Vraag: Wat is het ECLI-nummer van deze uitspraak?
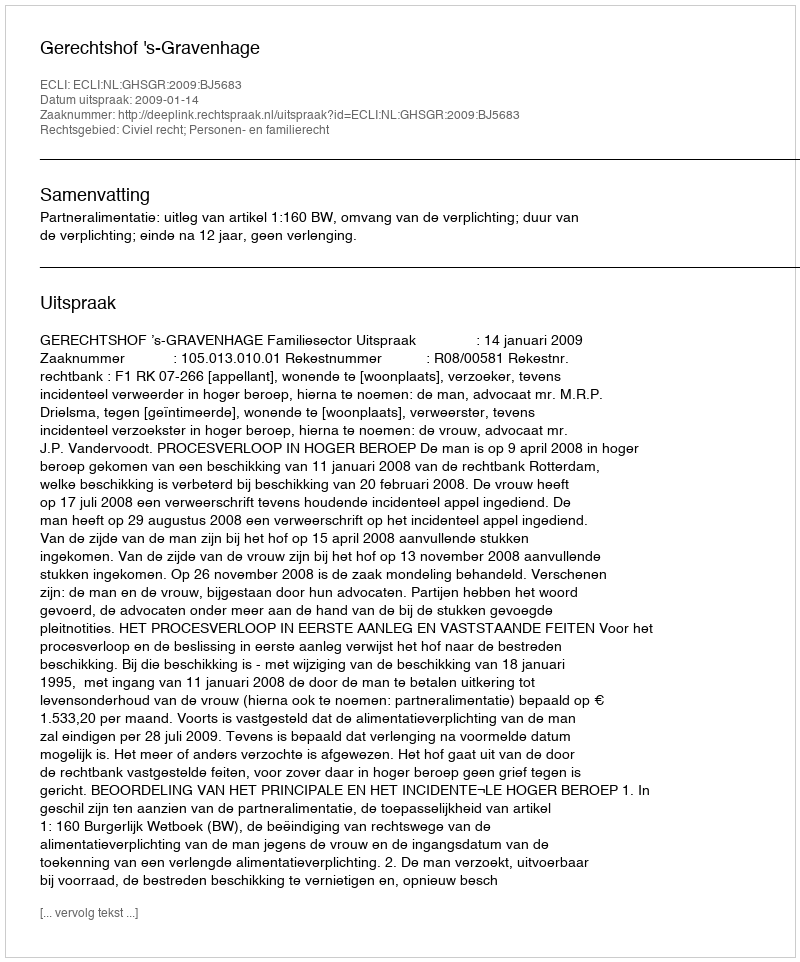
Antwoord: ECLI:NL:GHSGR:2009:BJ5683